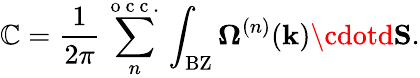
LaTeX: \mathbb{C}=\frac{{1}}{{2\pi}}\sum_{n}^{\mathrm{{~o~c~c~.~}}}\int_{\mathrm{{BZ}}}\mathbf{{\Omega}}^{(n)}(\mathbf{{k}})\cdotd\mathbf{{S}}.